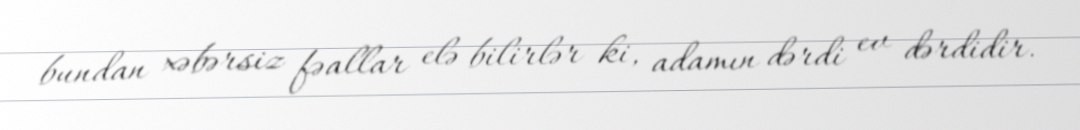
bundan xəbərsiz fəallar elə bilirlər ki, adamın dərdi ev dərdidir.